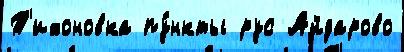
Т'ихоновка пу́нкты рус Айдарово